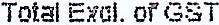
TOTAL EXCL. OF GST